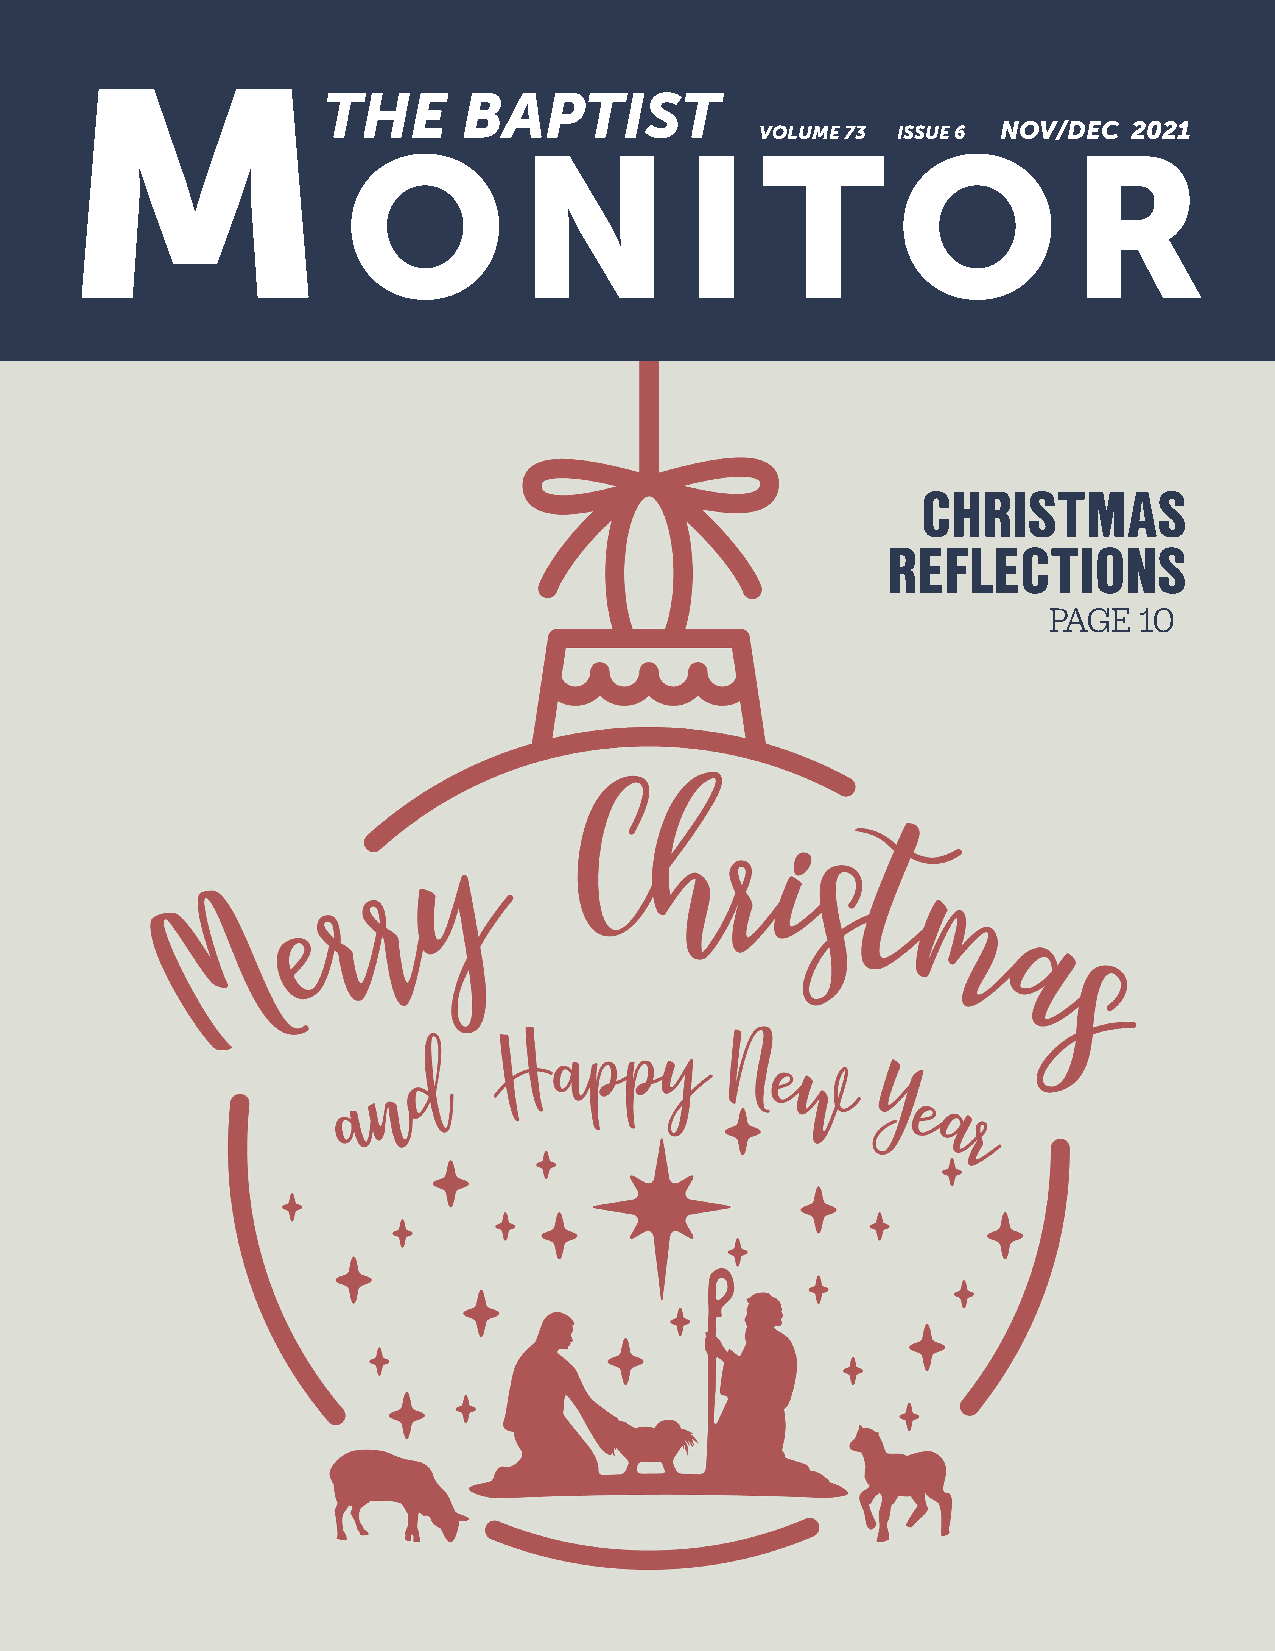
M
 THE       BAPTIST
 VOLUME 73 ISSUE 6 NOV/DEC 2021
 O          N          I    T        O           R
 CHRISTMAS
 REFLECTIONS
 PAGE  10